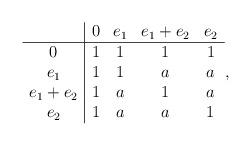
LaTeX: \begin{align*} \begin{array}{c|cccc} &0&e_1&e_1+e_2&e_2\\ \hline 0& 1 & 1 & 1 & 1 \\ e_1& 1 & 1 & a & a \\ e_1+e_2& 1 & a & 1 & a \\ e_2& 1 & a & a & 1 \end{array},\end{align*}